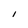
Character: I